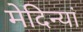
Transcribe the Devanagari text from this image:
मेदिन्यां